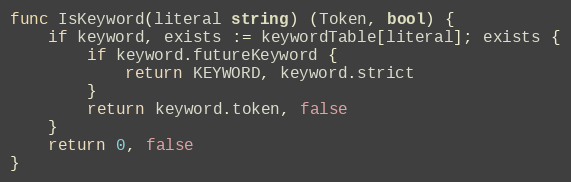
Language: Go
func IsKeyword(literal string) (Token, bool) {
	if keyword, exists := keywordTable[literal]; exists {
		if keyword.futureKeyword {
			return KEYWORD, keyword.strict
		}
		return keyword.token, false
	}
	return 0, false
}